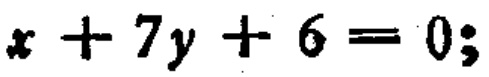
\(x + 7y + 6 = 0;\)